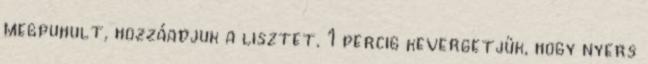
megpuhult, hozzáadjuk a lisztet. 1 percig kevergetjük, hogy nyers